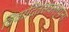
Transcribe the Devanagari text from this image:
विवादितसंकल्पना